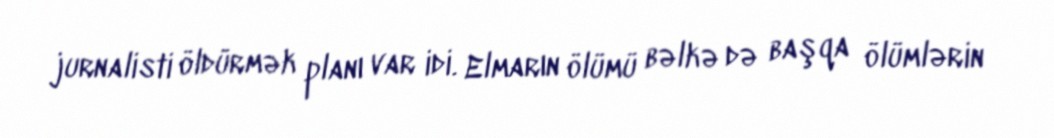
jurnalisti öldürmək planı var idi. Elmarın ölümü bəlkə də başqa ölümlərin